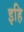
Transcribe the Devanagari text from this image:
इहि